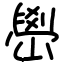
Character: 嶨